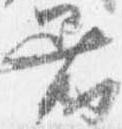
着